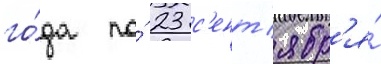
го́да по́ 23 с'ент'ябр'я́